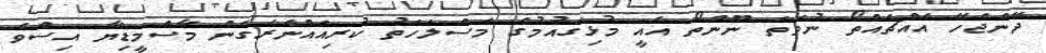
ދޭންޖެހޭ އެއްޗެއްތޯ ނުވަތަ ނޫންތޯ އެއީ މުޅިގައުމުގެ މަސްލަހަތު ކުރިއައްނެރެގެން މާސްމީޑިޔާ އިސްވެ